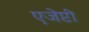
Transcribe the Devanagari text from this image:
एजेप्टी